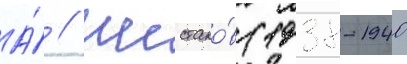
А́ // Шестако́в (1938-1940